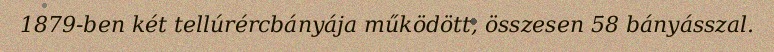
1879-ben két tellúrércbányája működött, összesen 58 bányásszal.